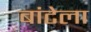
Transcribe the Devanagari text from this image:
बांटेला